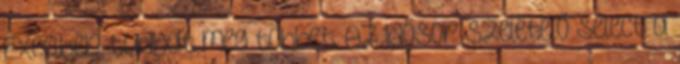
Excelben tudhat meg többet. Az Idősor szeletelő Select a